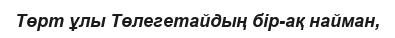
Төрт ұлы Төлегетайдың бір-ақ найман,